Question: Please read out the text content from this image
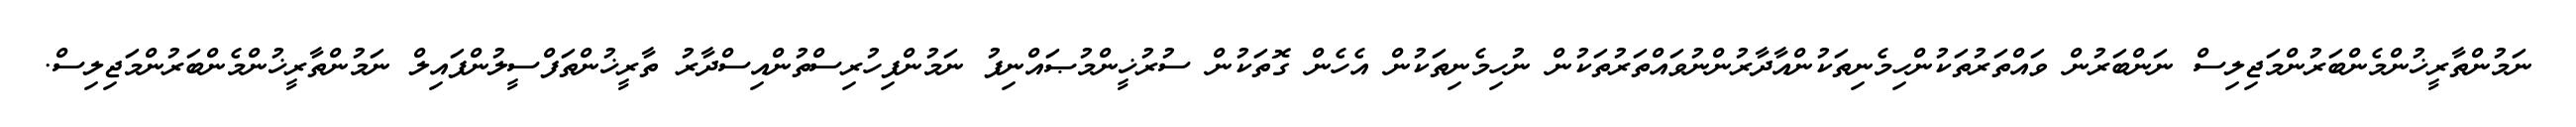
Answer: ނަމުންތާރީޚުންމެންބަރުންމަޖިލިސް ނަންބަރުން ވައްތަރުތަކުންހިމެނިތަކުންއާދާރުންނުވައްތަރުތަކުން ނުހިމެނިތަކުން އެހެން ގޮތަކުން ސުރުޚީންމުޞައްނިފު ނަމުންފިހުރިސްތުންއިސްދާރު ތާރީޚުންތަފްސީލުންފައިލް ނަމުންތާރީޚުންމެންބަރުންމަޖިލިސް.